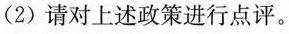
(2)请对上述政策进行点评。